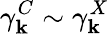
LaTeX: \gamma_{\mathbf k}^{C}\sim\gamma_{\mathbf k}^{X}